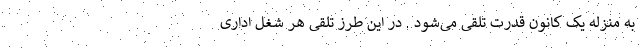
به منزله یک کانون قدرت تلقی می‌شود . در این طرز تلقی هر شغل اداری